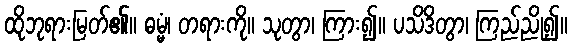
ထိုဘုရားမြတ်၏။ ဓမ္မံ၊ တရားကို။ သုတွာ၊ ကြား၍။ ပသိဒိတွာ၊ ကြည်ညို၍။